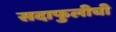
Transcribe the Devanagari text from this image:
सदाफुलीची